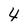
Character: 4